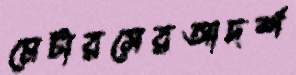
মেটারসেরআদর্শ